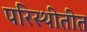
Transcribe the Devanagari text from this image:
परिस्थीतीत